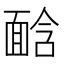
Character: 𩈣